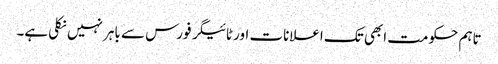
تاہم حکومت ابھی تک اعلانات اور ٹائیگر فورس سے باہر نہیں نکلی ہے۔